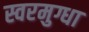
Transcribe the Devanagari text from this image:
स्वरमुग्धा